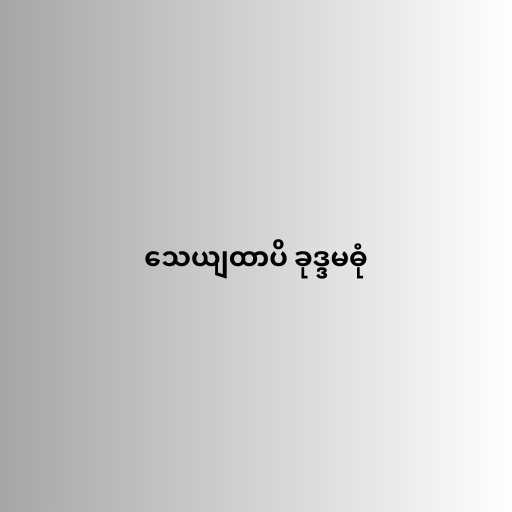
သေယျထာပိ ခုဒ္ဒမဓုံ